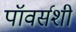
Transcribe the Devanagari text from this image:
पॉवर्सशी